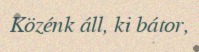
Közénk áll, ki bátor,